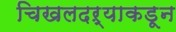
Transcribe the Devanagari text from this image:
चिखलदऱ्याकडून